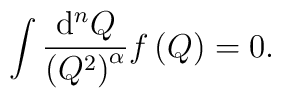
\int\frac{{\rm d}^n Q}{\left(Q^2\right)^\alpha} f\left(Q\right)=0 .